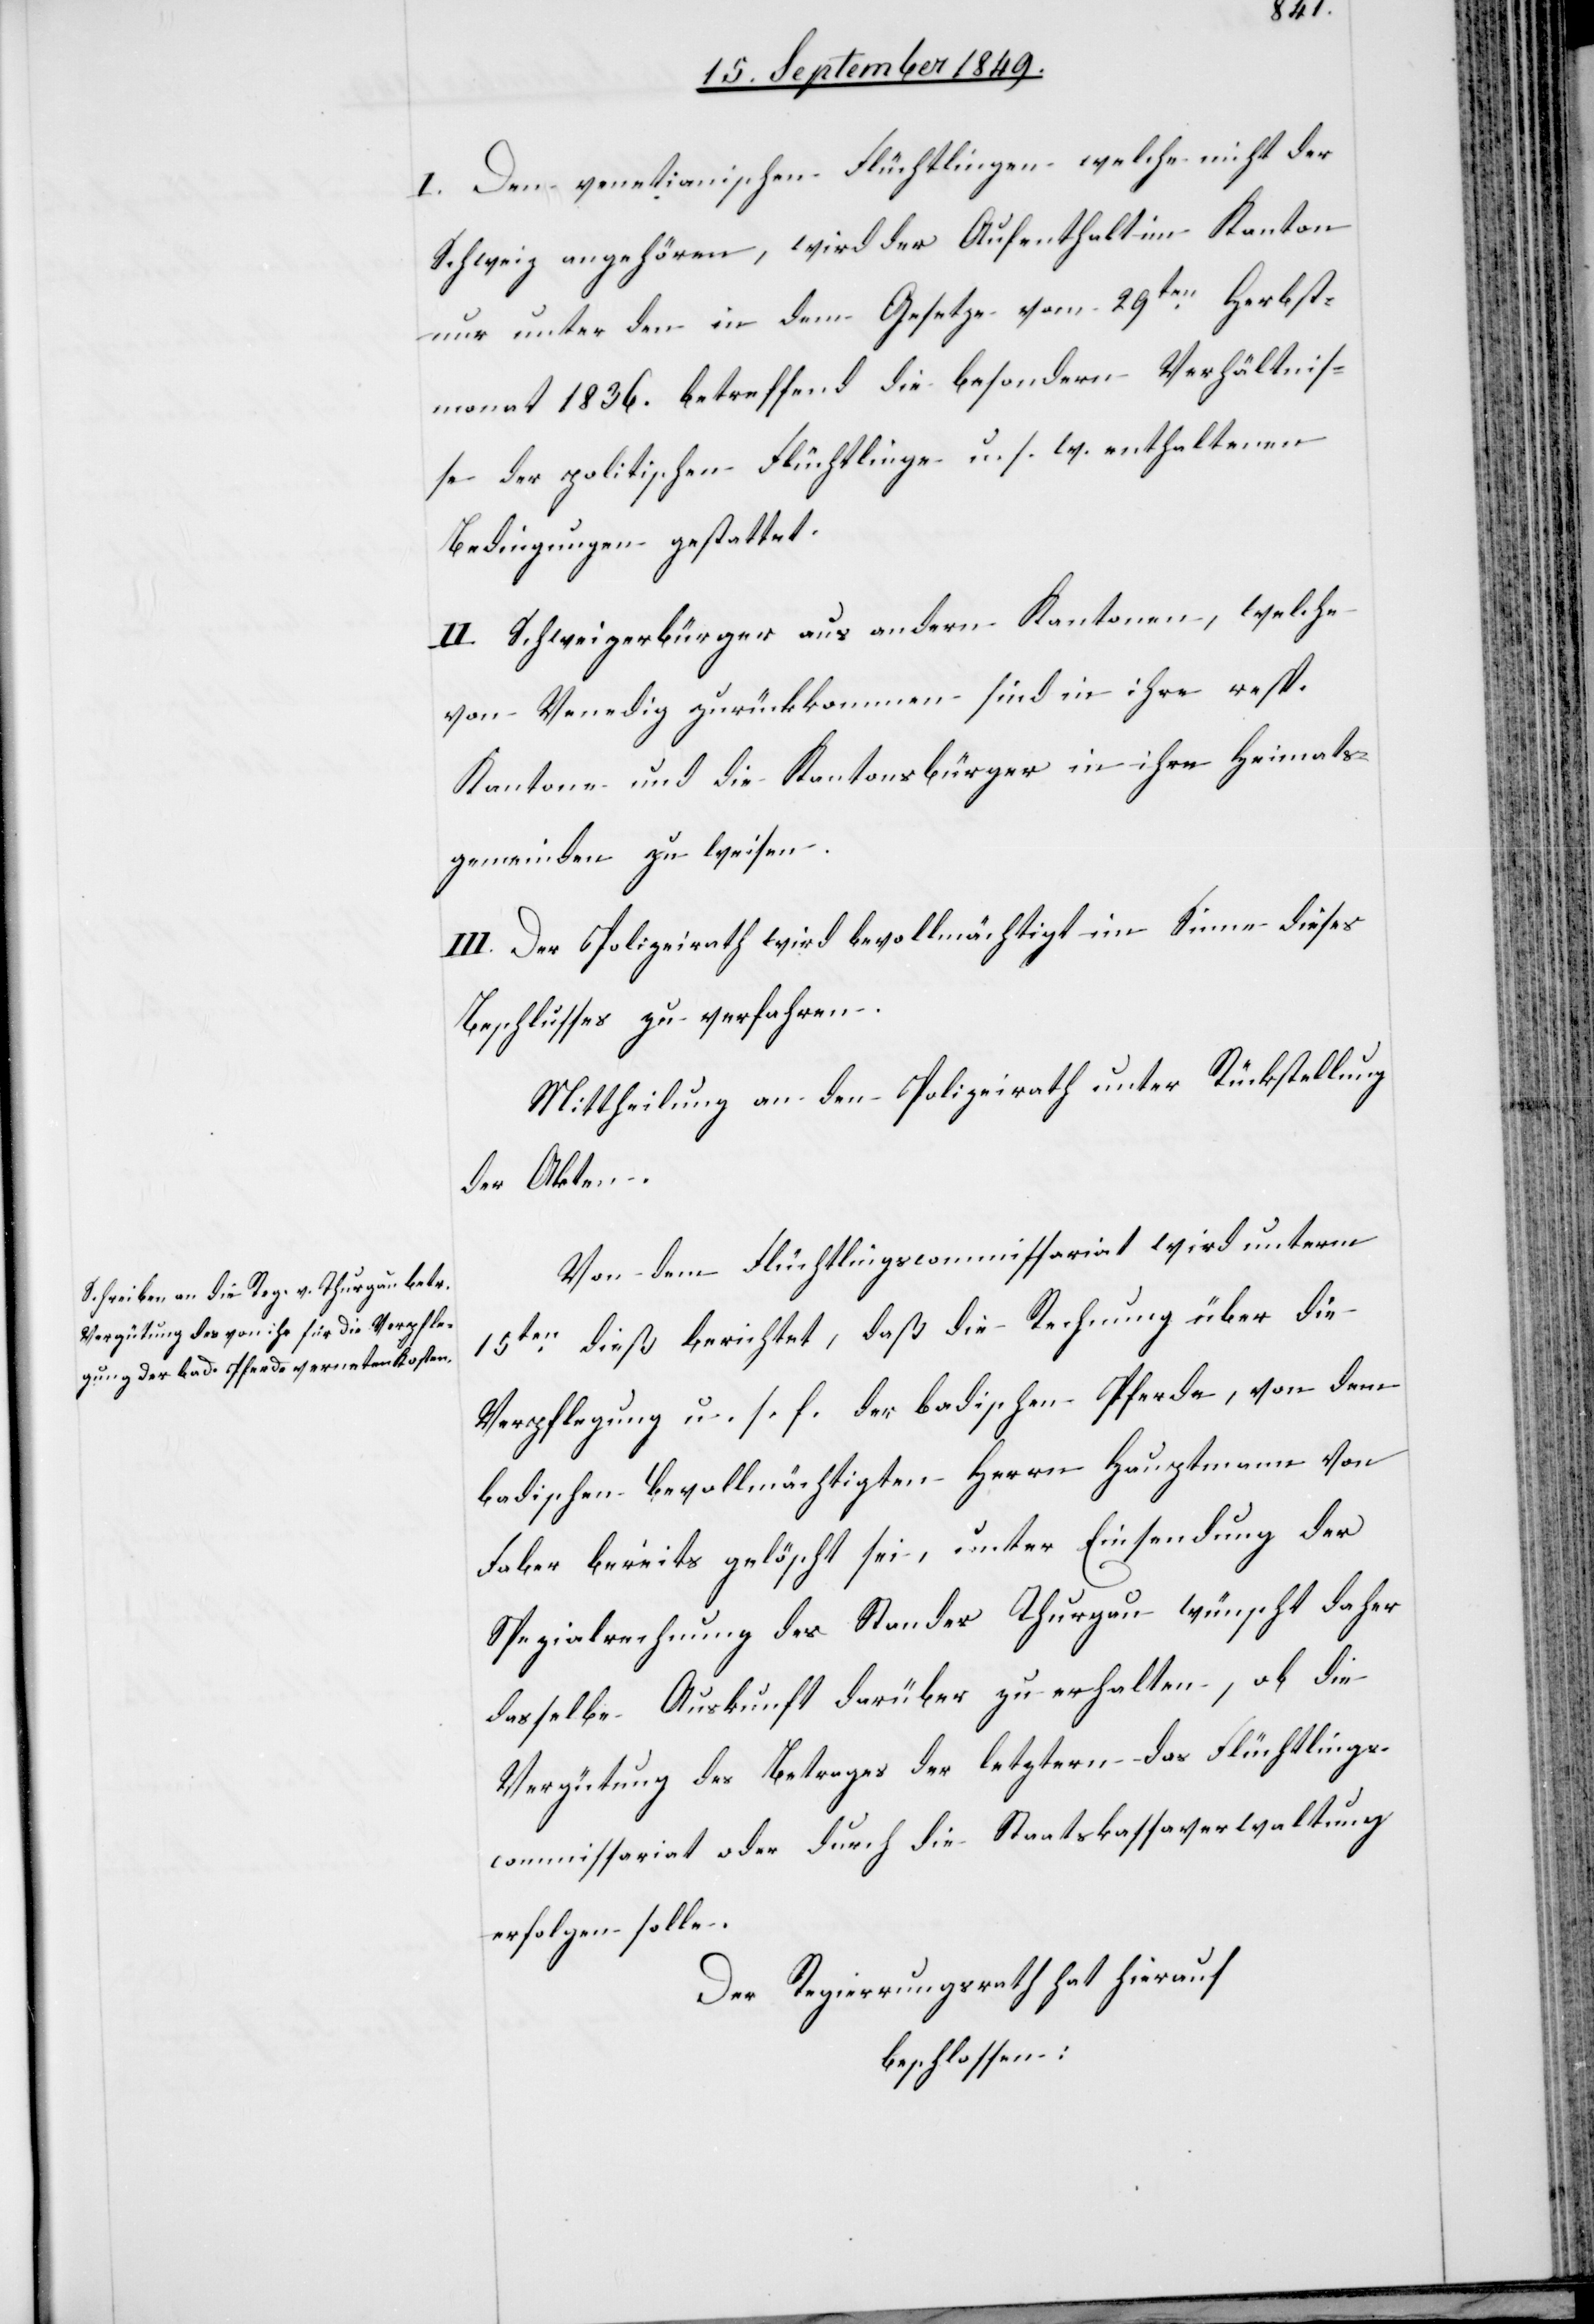
I. Den venetianischen Flüchtlingen welche nicht der
Schweiz angehören, wird der Aufenthalt im Kanton
nur unter den in dem Gesetze vom 29ten Herbst¬
monat 1836. betreffend die besondern Verhältnis¬
se der politischen Flüchtlinge u. s. w. enthaltenen
Bedingungen gestattet.
II. Schweizerbürger aus andern Kantonen, welche
von Venedig zurückkommen sind in ihre resp.
Kantone und die Kantonsbürger in ihre Heimats¬
gemeinden zu weisen.
III. Der Polizeirath wird bevollmächtigt im Sinne dieses
Beschlusses zu verfahren.
Mittheilung an den Polizeirath unter Rückstellung
der Akten.
Von dem Flüchtlingscommissariat wird unterm
15ten dieß berichtet, daß die Rechnung über die
Verpflegung u. s. f. der badischen Pferde, von dem
badischen Bevollmächtigten Herrn Hauptmann von
Faber bereits gelöscht sei, unter Einsendung der
Spezialrechnung des Standes Thurgau wünscht daher
dasselbe Auskunft darüber zu erhalten, ob die
Vergütung des Betrages der letztern das Flüchtlings¬
commissariat oder durch die Staatskassaverwaltung
erfolgen solle.
Der Regierungsrath hat hierauf
beschlossen: